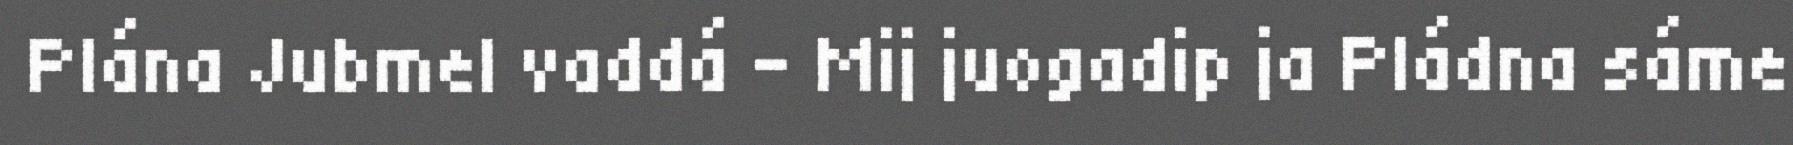
Plána Jubmel vaddá – Mij juogadip ja Pládna sáme